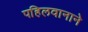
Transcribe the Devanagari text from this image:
पहिलवानाने